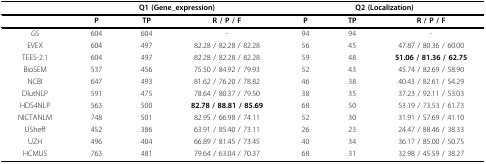
<table><thead><tr><td></td><td colspan="3"><b>Q1 (Gene_expression)</b></td><td colspan="3"><b>Q2 (Localization)</b></td></tr></thead><tbody><tr><td></td><td><b>P</b></td><td><b>TP</b></td><td><b>R / P / F</b></td><td><b>P</b></td><td><b>TP</b></td><td><b>R / P / F</b></td></tr><tr><td><i>GS</i></td><td>604</td><td>604</td><td>-</td><td>94</td><td>94</td><td>-</td></tr><tr><td>EVEX</td><td>604</td><td>497</td><td>82.28 / 82.28 / 82.28</td><td>56</td><td>45</td><td>47.87 / 80.36 / 60.00</td></tr><tr><td>TEES-2.1</td><td>604</td><td>497</td><td>82.28 / 82.28 / 82.28</td><td>59</td><td>48</td><td><b>51.06 / 81.36 / 62.75</b></td></tr><tr><td>BioSEM</td><td>537</td><td>456</td><td>75.50 / 84.92 / 79.93</td><td>52</td><td>43</td><td>45.74 / 82.69 / 58.90</td></tr><tr><td>NCBI</td><td>647</td><td>493</td><td>81.62 / 76.20 / 78.82</td><td>46</td><td>38</td><td>40.43 / 82.61 / 54.29</td></tr><tr><td>DlutNLP</td><td>591</td><td>475</td><td>78.64 / 80.37 / 79.50</td><td>38</td><td>35</td><td>37.23 / 92.11 / 53.03</td></tr><tr><td>HDS4NLP</td><td>563</td><td>500</td><td><b>82.78 / 88.81 / 85.69</b></td><td>68</td><td>50</td><td>53.19 / 73.53 / 61.73</td></tr><tr><td>NICTANLM</td><td>748</td><td>501</td><td>82.95 / 66.98 / 74.11</td><td>52</td><td>30</td><td>31.91 / 57.69 / 41.10</td></tr><tr><td>USheff</td><td>452</td><td>386</td><td>63.91 / 85.40 / 73.11</td><td>26</td><td>23</td><td>24.47 / 88.46 / 38.33</td></tr><tr><td>UZH</td><td>496</td><td>404</td><td>66.89 / 81.45 / 73.45</td><td>40</td><td>34</td><td>36.17 / 85.00 / 50.75</td></tr><tr><td>HCMUS</td><td>763</td><td>481</td><td>79.64 / 63.04 / 70.37</td><td>68</td><td>31</td><td>32.98 / 45.59 / 38.27</td></tr></tbody></table>